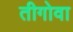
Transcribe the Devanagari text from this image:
तीगोवा